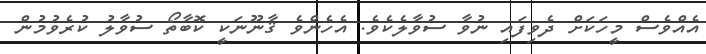
އެއްވެސް މީހަކަށް ދެވިފައި ނުވާ ސުވާލެކެވެ. އެހެންވެ ޤާނޫނަކީ ކޮބާތޯ ސުވާލު ކުރެވުމުން